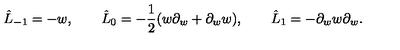
\hat { L } _ { - 1 } = - w , \qquad \hat { L } _ { 0 } = - { \frac { 1 } { 2 } } ( w \partial _ { w } + \partial _ { w } w ) , \qquad \hat { L } _ { 1 } = - \partial _ { w } w \partial _ { w } .